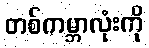
တစ်ကမ္ဘာလုံးကို